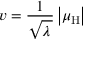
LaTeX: v = { \frac { 1 } { \sqrt { \lambda \, } } } \left| \mu _ { \mathrm { H } } \right|